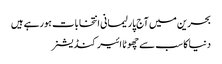
بحرین میں آج پارلیمانی انتخابات ہورہے ہیں
دنیا کا سب سے چھوٹا ائیر کنڈیشنر